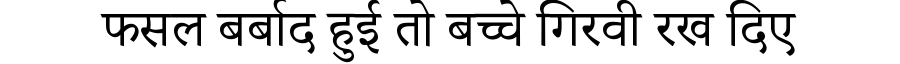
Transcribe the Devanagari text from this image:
फसल बर्बाद हुई तो बच्चे गिरवी रख दिए